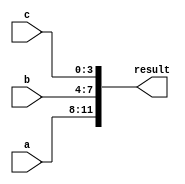
module concat_example(
    input [3:0] a,
    input [3:0] b,
    input [3:0] c,
    output [11:0] result
);

assign result = {a, b, c};

endmodule